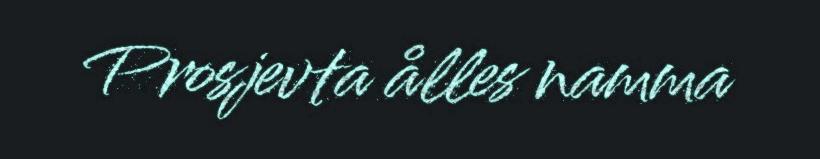
Prosjevta ålles namma